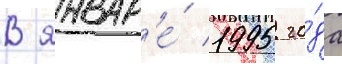
В январ'е́ 1995 го́да